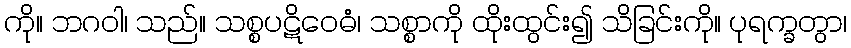
ကို။ ဘဂဝါ၊ သည်။ သစ္စပဋိဝေဓံ၊ သစ္စာကို ထိုးထွင်း၍ သိခြင်းကို။ ပုရက္ခတွာ၊